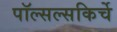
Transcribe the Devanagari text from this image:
पॉल्सल्सकिर्चे